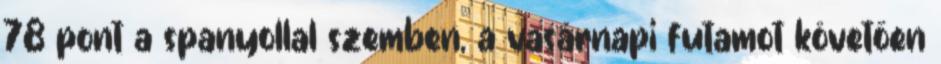
78 pont a spanyollal szemben, a vasárnapi futamot követően